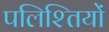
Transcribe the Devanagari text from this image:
पलिश्तियों